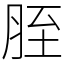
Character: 胵